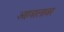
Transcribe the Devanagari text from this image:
अहवालावर